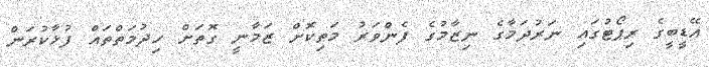
އޭޑީބީގެ ރިޕޯޓުގައި ނަރުދަމާގެ ނިޒާމުގެ ފެންވަރު މަތިކޮށް ޒަމާނީ ގޮތަށް ހިދުމަތްތައް ފުޅާކުރަން